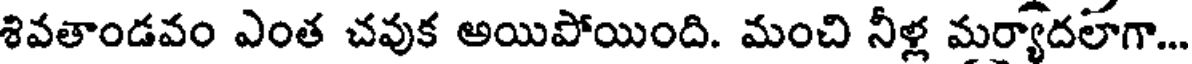
శివతాండవం ఎంత చవుక అయిపోయింది. మంచి నీళ్ల మర్యాదలాగా...